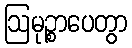
ဩမုဉ္စာပေတွာ